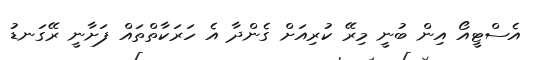
އެސްޓީއޯ އިން ބުނީ މިރޭ ކުރިއަށް ގެންދާ އެ ހަރަކާތްތައް ފަށާނީ ރޭގަނޑު